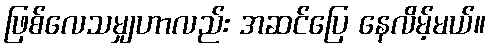
ဖြစ်လေသမျှဟာလည်း အဆင်ပြေ နေလိမ့်မယ်။